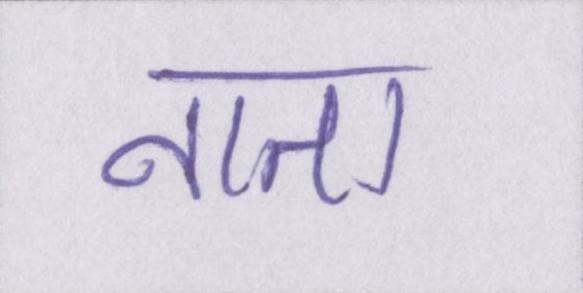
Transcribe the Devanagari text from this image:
नाता